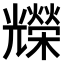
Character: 𠓐